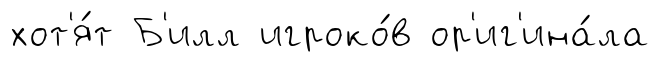
хот'я́т Б'илл игроко́в ор'иг'ина́ла